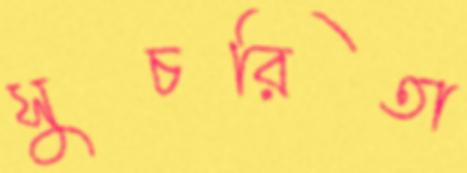
সুচরিতা